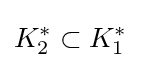
K_{2}^{*}\subset K_{1}^{*}